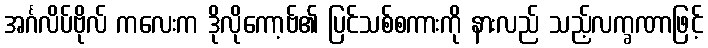
အင်္ဂလိပ်ဗိုလ် ကလေးက ဒိုလိုကော့ဗ်၏ ပြင်သစ်စကားကို နားလည် သည့်လက္ခဏာဖြင့်